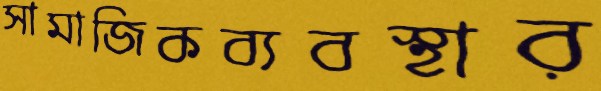
সামাজিকব্যবস্থার